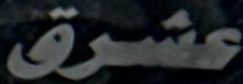
عشرق